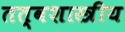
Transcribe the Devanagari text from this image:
तत्वशास्त्रीय